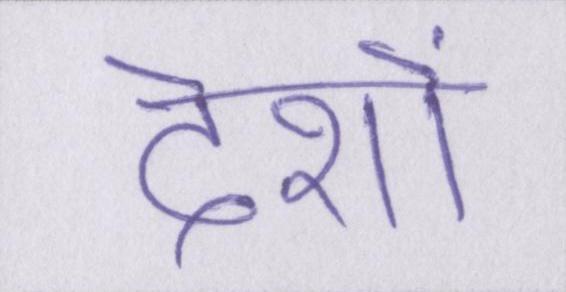
देशों